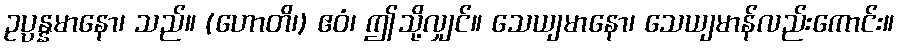
ဥပ္ပန္နမာနော၊ သည်။ (ဟောတိ၊) ဧဝံ၊ ဤသို့လျှင်။ သေယျမာနော၊ သေယျမာန်လည်းကောင်း။